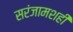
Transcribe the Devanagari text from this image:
सरंजामशही